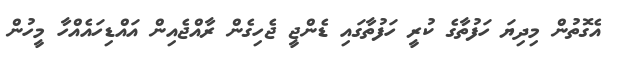
އެގޮތުން މިދިޔަ ހަފުތާގެ ކުރީ ހަފުތާގައި ޑެންޖީ ޖެހިގެން ރާއްޖެއިން އައްޑިހައެއްހާ މީހުން